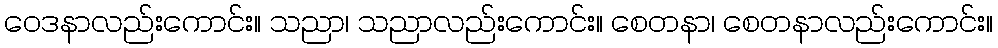
ဝေဒနာလည်းကောင်း။ သညာ၊ သညာလည်းကောင်း။ စေတနာ၊ စေတနာလည်းကောင်း။